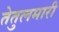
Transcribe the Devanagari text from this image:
तेतुलमारी